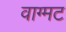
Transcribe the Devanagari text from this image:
वाग्मट